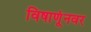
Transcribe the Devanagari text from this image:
विषाणूंनवर